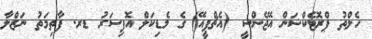
ހެލްތު ޕްރޮޓެކްޝަން އޭޖެންސީ (އެޗްޕީއޭ) ގެ މެޑިކަލް އޮފިސަރު ޑރ. ފާތިމަތު ނަޒްލާ